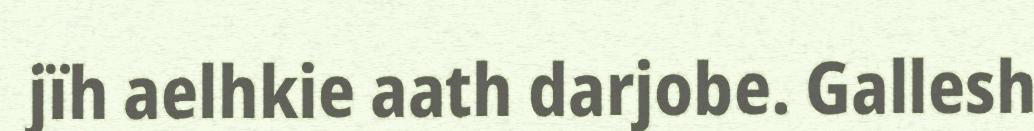
jïh aelhkie aath darjobe. Gallesh